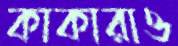
কাকারাও